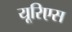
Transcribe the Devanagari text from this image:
यूरिएस